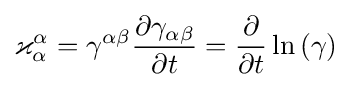
\varkappa _{\alpha }^{\alpha }=\gamma ^{\alpha \beta }{\frac {\partial \gamma _{\alpha \beta }}{\partial t}}={\frac {\partial }{\partial t}}\ln {(\gamma )}